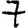
Digit: 7